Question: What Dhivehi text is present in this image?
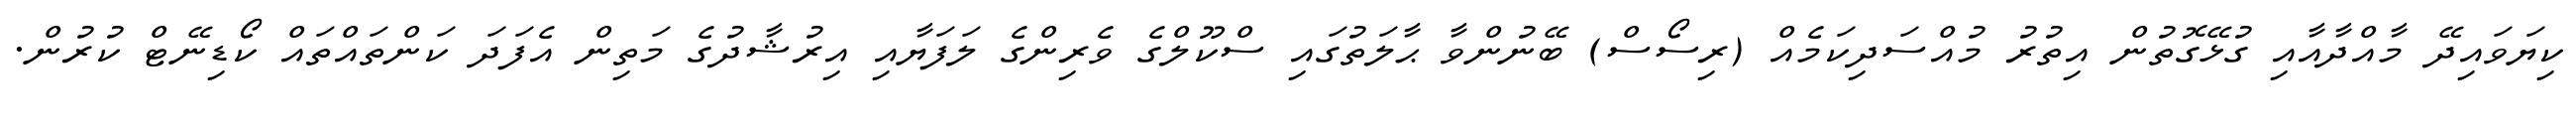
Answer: ކިޔަވައިދޭ މާއްދާއާއި ގުޅޭގޮތުން އިތުރު މުއްސަދިކަމެއް (ރިސޯސް) ބޭނުންވާ ޙާލަތުގައި ސްކޫލްގެ ވެރިންގެ ލަފަޔާއި އިރުޝާދުގެ މަތިން އެފަދަ ކަންތައްތައް ކޯޑިނޭޓް ކުރުން.